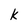
Character: k